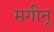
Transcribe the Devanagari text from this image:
मगीनू